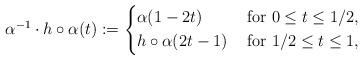
LaTeX: \begin{align*}\alpha^{-1} \cdot h\circ\alpha(t): = \left\{\begin{aligned}& \alpha(1-2t)&\mbox{ for } 0\leq t\leq 1/2,\\& h\circ\alpha(2t-1) &\mbox{ for } 1/2\leq t\leq 1,\end{aligned}\right.\end{align*}